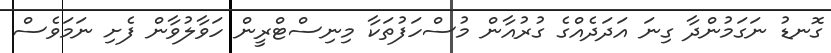
ގޮނޑު ނަގަމުންދާ ގިނަ އަދަދެއްގެ ގުރުއާން މުސްހަފުތަކާ މިނިސްޓްރީން ހަވާލުވާން ފެށި ނަމަވެސް